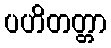
ပဟိတတ္တာ